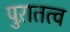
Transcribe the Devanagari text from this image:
पुऱातत्व